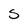
Character: 5